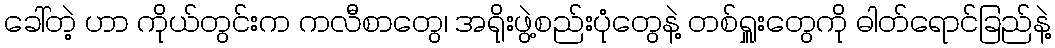
ခေါ်တဲ့ ဟာ ကိုယ်တွင်းက ကလီစာတွေ၊ အရိုးဖွဲ့စည်းပုံတွေနဲ့ တစ်ရှူးတွေကို ဓါတ်ရောင်ခြည်နဲ့